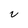
Character: v